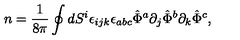
n = \frac { 1 } { 8 \pi } \oint d S ^ { i } \epsilon _ { i j k } \epsilon _ { a b c } \hat { \Phi } ^ { a } \partial _ { j } \hat { \Phi } ^ { b } \partial _ { k } \hat { \Phi } ^ { c } ,